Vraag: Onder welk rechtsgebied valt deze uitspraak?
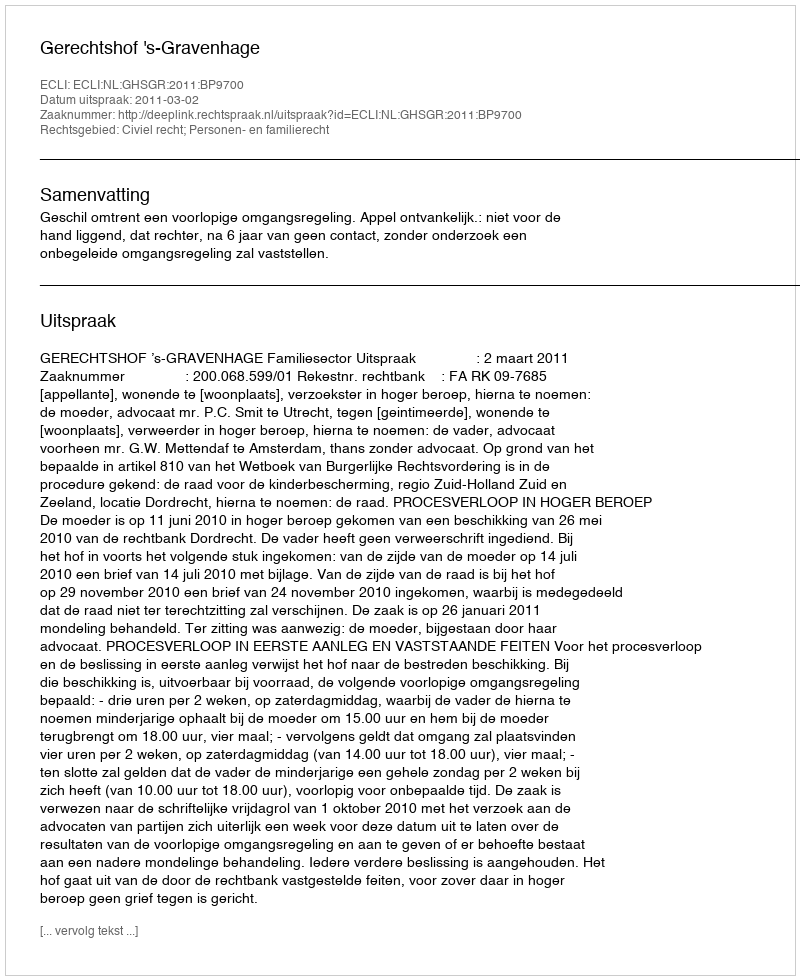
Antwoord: Civiel recht; Personen- en familierecht